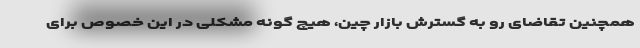
همچنین تقاضای رو به گسترش بازار چین، هیچ گونه مشکلی در این خصوص برای